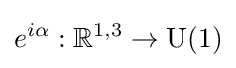
e^{i\alpha }:\mathbb {R} ^{1,3}\to {\text{U}}(1)